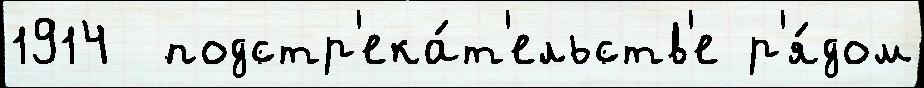
1914  подстр'ека́т'ельств'е р'я́дом